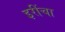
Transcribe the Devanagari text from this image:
इरींचा